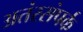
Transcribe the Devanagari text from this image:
अतंरसंपर्क